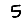
Digit: 5